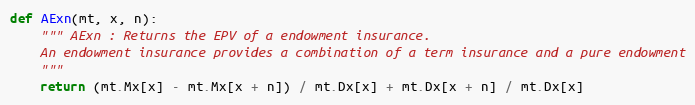
Language: Python
def AExn(mt, x, n):
    """ AExn : Returns the EPV of a endowment insurance.
    An endowment insurance provides a combination of a term insurance and a pure endowment
    """
    return (mt.Mx[x] - mt.Mx[x + n]) / mt.Dx[x] + mt.Dx[x + n] / mt.Dx[x]